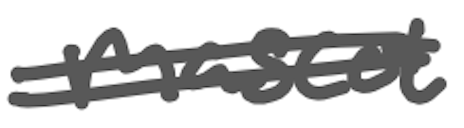
Text: mascot
Cross-out: double-line
Writing tool: digital_gray